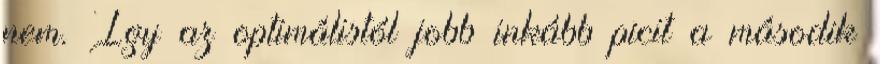
nem. Így az optimálistól jobb inkább picit a második